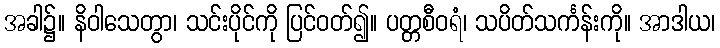
အခါ၌။ နိဝါသေတွာ၊ သင်းပိုင်ကို ပြင်ဝတ်၍။ ပတ္တစီဝရံ၊ သပိတ်သင်္ကန်းကို။ အာဒါယ၊